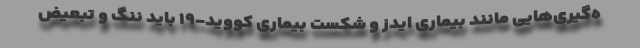
ه‌گیری‌هایی مانند بیماری ایدز و شکست بیماری کووید-۱۹ باید ننگ و تبعیض